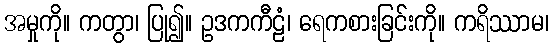
အမှုကို။ ကတွာ၊ ပြု၍။ ဥဒကကီဠံ၊ ရေကစားခြင်းကို။ ကရိဿာမ၊